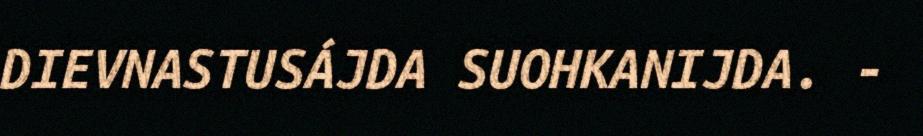
DIEVNASTUSÁJDA SUOHKANIJDA. -